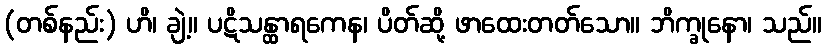
(တစ်နည်း) ဟိ၊ ချဲ့။ ပဋိသန္ထာရကေန၊ ပိတ်ဆို့ ဖာထေးတတ်သော။ ဘိက္ခုနော၊ သည်။